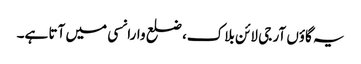
یہ گاؤں آر جی لائن بلاک، ضلع وارانسی میں آتا ہے۔